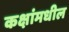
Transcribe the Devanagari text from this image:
कक्षांमधील